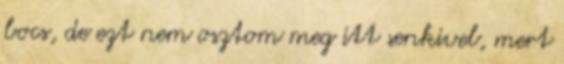
bocs, de ezt nem osztom meg itt senkivel, mert